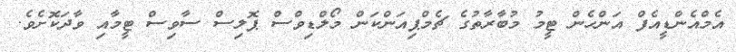
އެމްއެންޑީއެފް އަންހެން ޓީމު މުބާރާތުގެ ޗެމްޕިއަންކަން މޯލްޑިވްސް ޕޮލިސް ސާވިސް ޓީމާއި ވާދަކޮށެވެ.